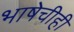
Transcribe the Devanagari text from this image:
भाषेचीही